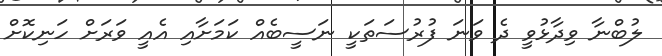
ލުބްނާ ވިދާޅުވީ ދެ ވަނަ ފުރުސަތަކީ ނަސީބެއް ކަމަށާއި އެއީ ވަރަށް ހަނިކޮށް